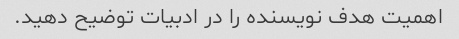
اهمیت هدف نویسنده را در ادبیات توضیح دهید.